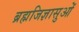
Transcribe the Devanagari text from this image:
ब्रह्मजिज्ञासुओं